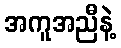
အကူအညီနဲ့